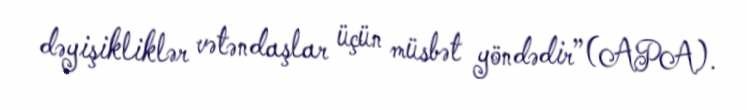
dəyişikliklər vətəndaşlar üçün müsbət yöndədir”(APA).